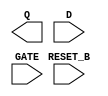
module sky130_fd_sc_ls__dlrtp (
    Q      ,
    RESET_B,
    D      ,
    GATE
);

    output Q      ;
    input  RESET_B;
    input  D      ;
    input  GATE   ;

    // Voltage supply signals
    supply1 VPWR;
    supply0 VGND;
    supply1 VPB ;
    supply0 VNB ;

endmodule